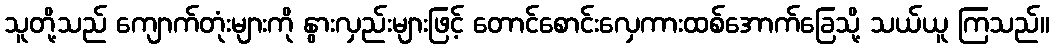
သူတို့သည် ကျောက်တုံးများကို နွားလှည်းများဖြင့် တောင်စောင်းလှေကားထစ်အောက်ခြေသို့ သယ်ယူ ကြသည်။